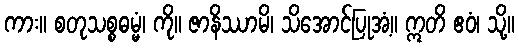
ကား။ စတုသစ္စဓမ္မံ၊ ကို။ ဇာနိဿာမိ၊ သိအောင်ပြုအံ့။ ဣတိ ဧဝံ၊ သို့။